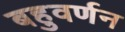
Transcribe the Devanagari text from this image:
बहुवर्णन